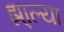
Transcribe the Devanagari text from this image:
झा्ल्या